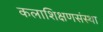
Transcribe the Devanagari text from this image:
कलाशिक्षणसंस्था